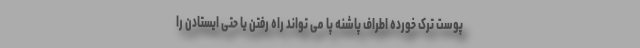
پوست ترک خورده اطراف پاشنه پا می تواند راه رفتن یا حتی ایستادن را